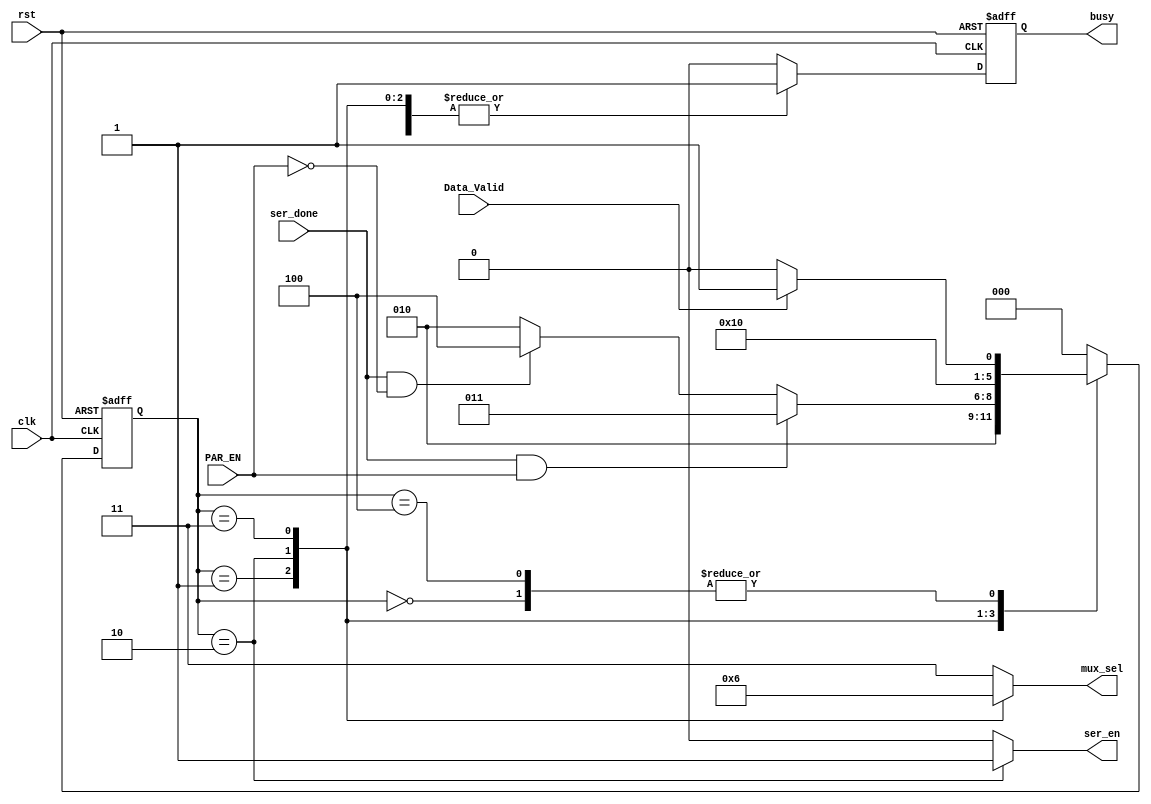
module UART_TX_FSM (
    input wire Data_Valid          ,
    input wire ser_done            ,
    input wire PAR_EN              ,
    input wire clk                 ,
    input wire rst                 ,
    output reg [1:0]  mux_sel      ,
    output reg ser_en              ,
    output reg busy         
);
reg busy_comb                    ;
localparam [2:0] IDLE   = 3'b000 ,
                 START  = 3'b001 ,
                 DATA   = 3'b010 ,
                 PARITY = 3'b011 ,
                 STOP   = 3'b100 ;
reg [2:0] CS,NS                  ;

// current state logic
always @(posedge clk or negedge rst) begin
    if (!rst) begin
        CS<=IDLE ;
    end else begin
        CS<=NS ;
    end
    
end
// next state logic
always @(*) begin
    case (CS)
    IDLE: begin
       if (Data_Valid) begin
        NS=START;
       end else begin
        NS=IDLE;
       end 
        
    end 
    START:begin
        NS=DATA;
    end
    DATA:begin
        if (ser_done && PAR_EN) begin
            NS=PARITY;
        end
        else if (ser_done && (!PAR_EN)) begin
            NS=STOP;
        end
        else begin
            NS=DATA;
        end
        
    end
    PARITY:begin
        NS=STOP;
    end
    STOP:begin
        if (Data_Valid) begin
        NS=START;
       end else begin
        NS=IDLE;
       end 
    end
        default: begin
           NS=IDLE; 
        end
         
    endcase
    
end
// output logic logic
always @(*) begin
    busy_comb=1'b0   ;
    ser_en   =1'b0   ;
    mux_sel  =2'b11  ; 

    case (CS)
    IDLE: begin
         busy_comb=1'b0   ;
         ser_en   =1'b0   ;
         mux_sel  =2'b11  ; 
    end 
    START:begin
         busy_comb=1'b1   ;
         ser_en   =1'b0   ;
         mux_sel  =2'b00  ; 
    end
    DATA:begin
        busy_comb=1'b1   ;
        ser_en   =1'b1   ;
        mux_sel  =2'b01  ; 
    end
    PARITY:begin
        busy_comb=1'b1   ;
        ser_en   =1'b0   ;
        mux_sel  =2'b10  ; 
    end
    STOP:begin
        busy_comb=1'b1   ;
        ser_en   =1'b0   ;
        mux_sel  =2'b11  ; 
        
    end

        default: begin
           busy_comb=1'b0   ;
           ser_en   =1'b0   ;
           mux_sel  =2'b11  ;  
        end

    endcase
    
end
always @(posedge clk or negedge rst ) begin
    if (!rst) begin 
      busy<=1'b0;  
    end else begin
      busy<=busy_comb;  
    end
    
end
endmodule